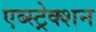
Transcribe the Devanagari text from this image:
एब्स्ट्रेक्शन